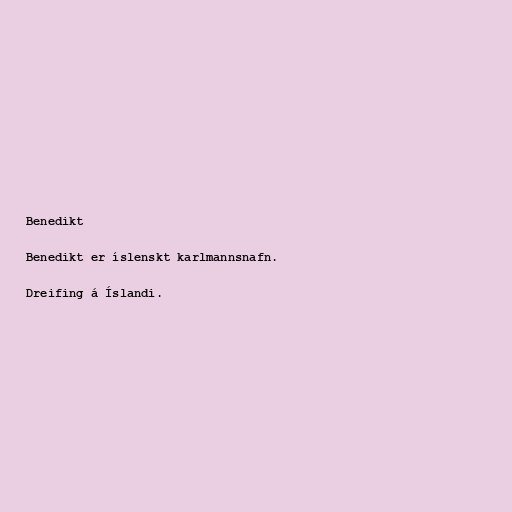
Benedikt

Benedikt er íslenskt karlmannsnafn.

Dreifing á Íslandi.